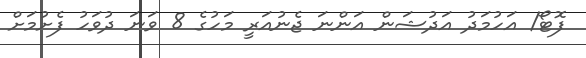
ފޮޓޯ/ އަހުމަދު އަދުޝަން އަންނަ ޖެނުއަރީ މަހުގެ 8 ވަނަ ދުވަހު ފެށުމަށް